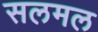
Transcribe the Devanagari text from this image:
सलमल